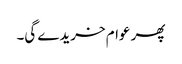
پھر عوام خریدے گی۔